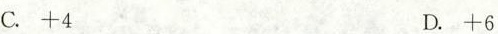
C.+4 D.+6